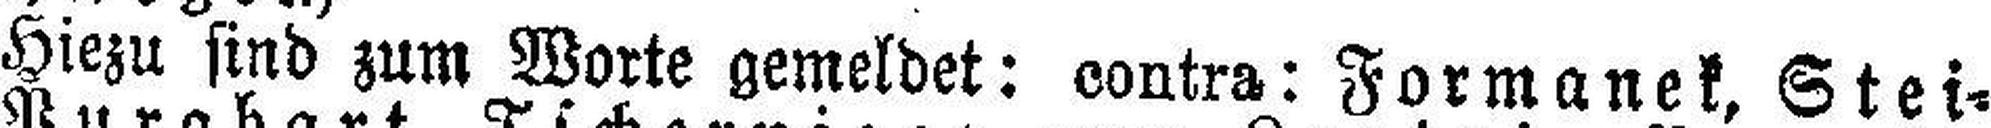
Hiezu sind zum Worte gemeldet: contra: Formanek, Stei¬